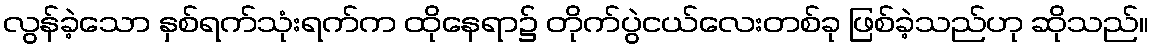
လွန်ခဲ့သော နှစ်ရက်သုံးရက်က ထိုနေရာ၌ တိုက်ပွဲငယ်လေးတစ်ခု ဖြစ်ခဲ့သည်ဟု ဆိုသည်။